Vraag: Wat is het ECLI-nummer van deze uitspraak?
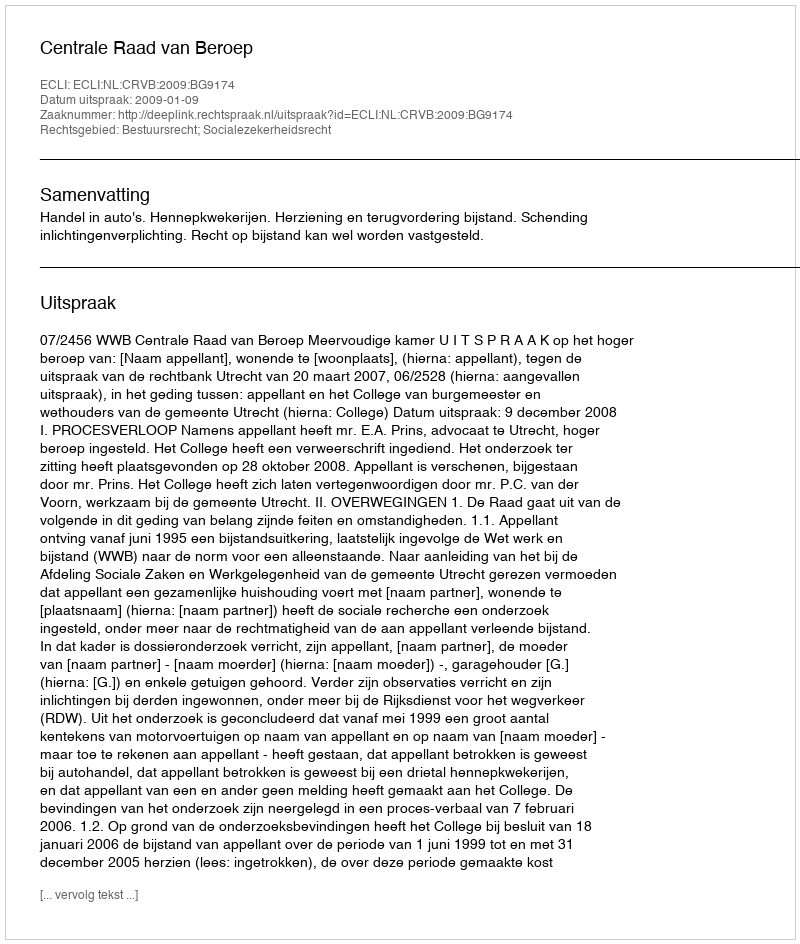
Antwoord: ECLI:NL:CRVB:2009:BG9174